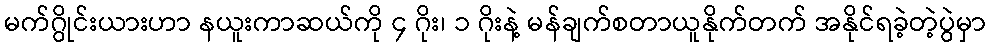
မက်ဂွိုင်းယားဟာ နယူးကာဆယ်ကို ၄ ဂိုး၊ ၁ ဂိုးနဲ့ မန်ချက်စတာယူနိုက်တက် အနိုင်ရခဲ့တဲ့ပွဲမှာ